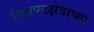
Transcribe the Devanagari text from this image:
चित्रपटक्षेत्राच्या